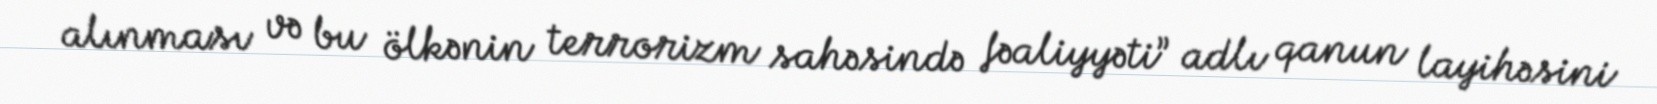
alınması və bu ölkənin terrorizm sahəsində fəaliyyəti” adlı qanun layihəsini